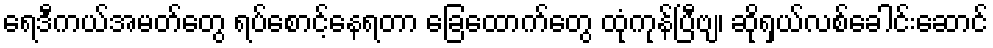
ရေဒီကယ်အမတ်တွေ ရပ်စောင့်နေရတာ ခြေထောက်တွေ ထုံကုန်ပြီဗျ၊ ဆိုရှယ်လစ်ခေါင်းဆောင်